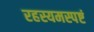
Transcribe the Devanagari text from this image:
रहस्यमस्पष्टं